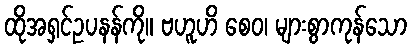
ထိုအရှင်ဥပနန်ကို။ ဗဟူဟိ စေဝ၊ များစွာကုန်သော